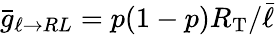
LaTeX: \bar{g}_{\ell\to RL}=p(1-p)R_{\mathrm{T}}/\bar{\ell}